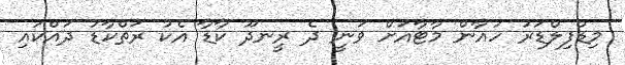
މިޑްފިލްޑަރު ހުއާން މާޓާއަށް ވަނީ ދެ ރީނދޫ ކާޑާ އެކު ރަތްކާޑު ދައްކައި